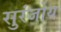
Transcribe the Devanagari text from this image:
सुरंजोय